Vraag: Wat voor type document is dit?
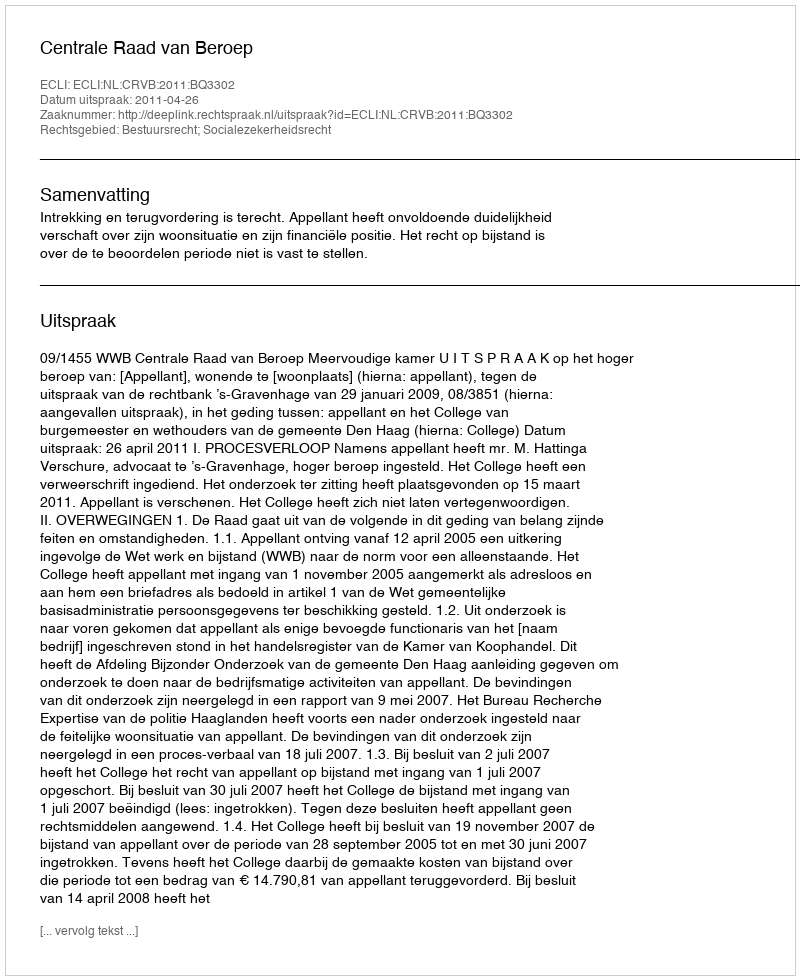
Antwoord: Uitspraak